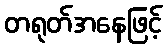
တရုတ်အနေဖြင့်